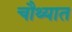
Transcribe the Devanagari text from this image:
चौथ्यात